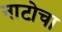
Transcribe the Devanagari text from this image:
नाटोचा